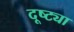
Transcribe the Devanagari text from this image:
दूष्ट्या